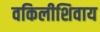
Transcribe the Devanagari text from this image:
वकिलीशिवाय